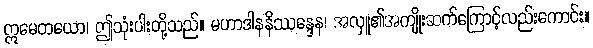
ဣမေတယော၊ ဤသုံးပါးတို့သည်။ မဟာဒါနနိဿန္ဒေန၊ အလှူ၏အကျိုးဆက်ကြောင့်လည်းကောင်း။